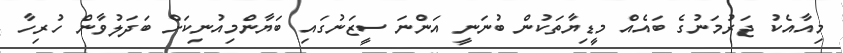
މިއާއެކު ޖަރުމަނުގެ ބައެއް މީޑިޔާތަކުން ބުނަނީ އަންނަ ސީޒަނުގައި ބަޔާންމިއުނިކަށް ބަދަލުވާން ހުރިހާ